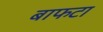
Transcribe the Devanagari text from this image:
बाफटा